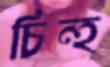
চিন্হ